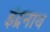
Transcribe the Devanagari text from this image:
इंद्रनाथ